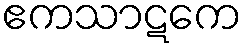
ဧကသာဋကေ